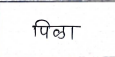
मजकूर: पिला